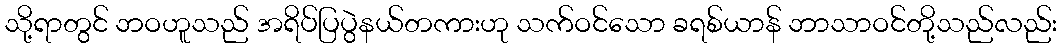
သို့ရာတွင် ဘဝဟူသည် အရိပ်ပြပွဲနယ်တကားဟု သက်ဝင်သော ခရစ်ယာန် ဘာသာဝင်တို့သည်လည်း